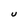
Character: U